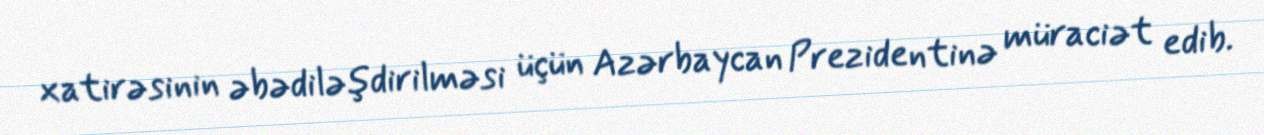
xatirəsinin əbədiləşdirilməsi üçün Azərbaycan Prezidentinə müraciət edib.